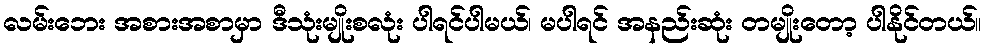
လမ်းဘေး အစားအစာမှာ ဒီသုံးမျိုးစလုံး ပါရင်ပါမယ်၊ မပါရင် အနည်းဆုံး တမျိုးတော့ ပါနိုင်တယ်။